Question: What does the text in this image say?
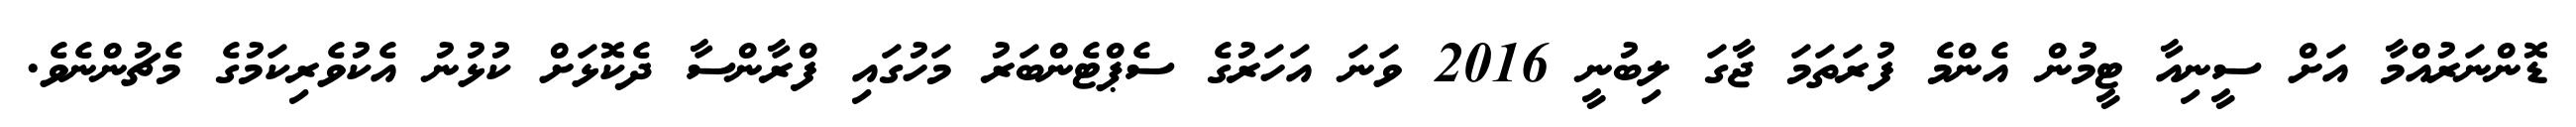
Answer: ޑޮންނަރުއްމާ އަށް ސީނިއާ ޓީމުން އެންމެ ފުރަތަމަ ޖާގަ ލިބުނީ 2016 ވަނަ އަހަރުގެ ސެޕްޓެންބަރު މަހުގައި ފްރާންސާ ދެކޮޅަށް ކުޅުނު އެކުވެރިކަމުގެ މެޗުންނެވެ.